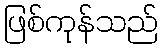
ဖြစ်ကုန်သည်